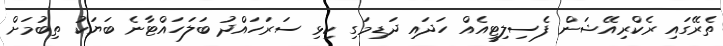
ތެރޭގައި ރެކްރިއޭޝަން ފެސިލިޓީއެއް ހަދައި ދަޑިމަގި ކިޅި ސަރަހައްދު ބަލަހައްޓާނެ ބަޔަކު ތިބުމަށް